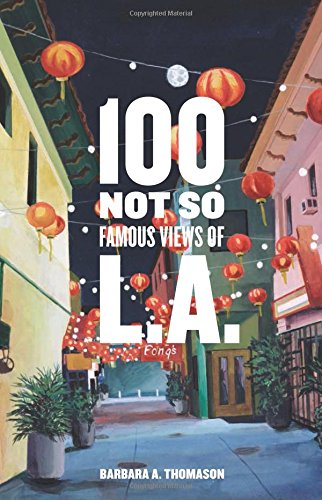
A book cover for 100 Not So Famous Views of L.A.; Barbara A. Thomason; Arts & Photography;